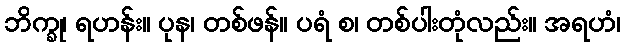
ဘိက္ခု၊ ရဟန်း။ ပုန၊ တစ်ဖန်။ ပရံ စ၊ တစ်ပါးတုံလည်း။ အရဟံ၊